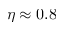
\eta \approx 0 . 8